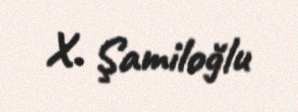
X. Şamiloğlu